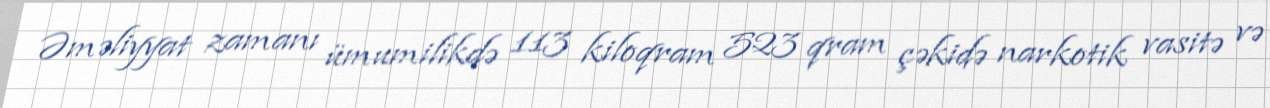
Əməliyyat zamanı ümumilikdə 113 kiloqram 523 qram çəkidə narkotik vasitə və